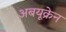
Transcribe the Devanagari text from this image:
अबयूक्रेन